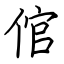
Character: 倌